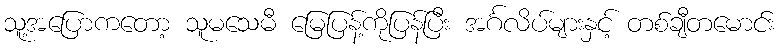
သူ့အပြောကတော့ သူမသေမီ မြေပြန့်ကိုပြန်ပြီး အင်္ဂလိပ်များနှင့် တစ်ချီတမောင်း